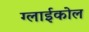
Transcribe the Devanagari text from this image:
ग्लाईकोल